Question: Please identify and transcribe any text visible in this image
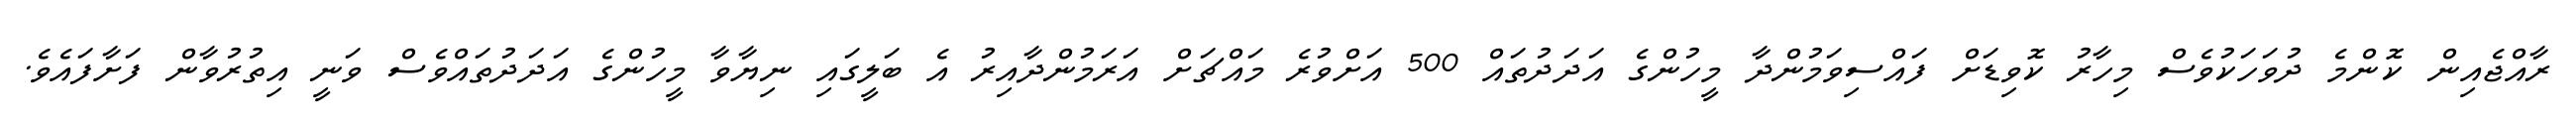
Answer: ރާއްޖެއިން ކޮންމެ ދުވަހަކުވެސް މިހާރު ކޮވިޑަށް ފައްސިވަމުންދާ މީހުންގެ އަދަދުތައް 500 އަށްވުރެ މައްޗަށް އަރަމުންދާއިރު އެ ބަލީގައި ނިޔާވާ މީހުންގެ އަދަދުތައްވެސް ވަނީ އިތުރުވާން ފަށާފައެވެ.